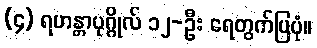
(၄) ရဟန္တာပုဂ္ဂိုလ် ၁၂-ဦး ရေတွက်ပြပုံ။